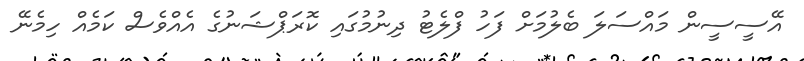
އޭސީސީން މައްސަލަ ބެލުމަށް ފަހު ފްލެޓު ދިނުމުގައި ކޮރަޕްޝަނުގެ އެއްވެސް ކަމެއް ހިމެނޭ